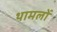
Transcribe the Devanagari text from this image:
थामलों